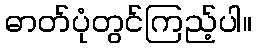
ဓာတ်ပုံတွင်ကြည့်ပါ။